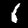
Digit: 1